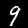
Digit: 9